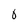
Character: 0